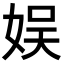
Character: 娱